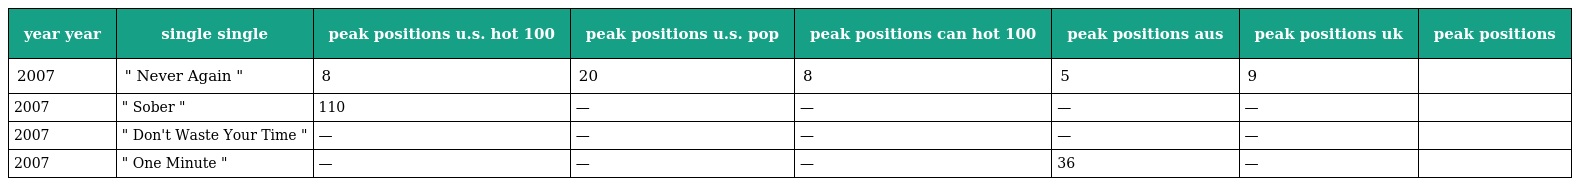
| year year | single single | peak positions u.s. hot 100 | peak positions u.s. pop | peak positions can hot 100 | peak positions aus | peak positions uk | peak positions |
 | --- | --- | --- | --- | --- | --- | --- | --- |
 | 2007 | " Never Again " | 8 | 20 | 8 | 5 | 9 |  |
 | 2007 | " Sober " | 110 | — | — | — | — |  |
 | 2007 | " Don't Waste Your Time " | — | — | — | — | — |  |
 | 2007 | " One Minute " | — | — | — | 36 | — |  |